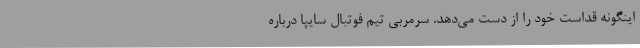
اینگونه قداست خود را از دست می‌دهد. سرمربی تیم فوتبال سایپا درباره